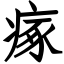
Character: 瘃